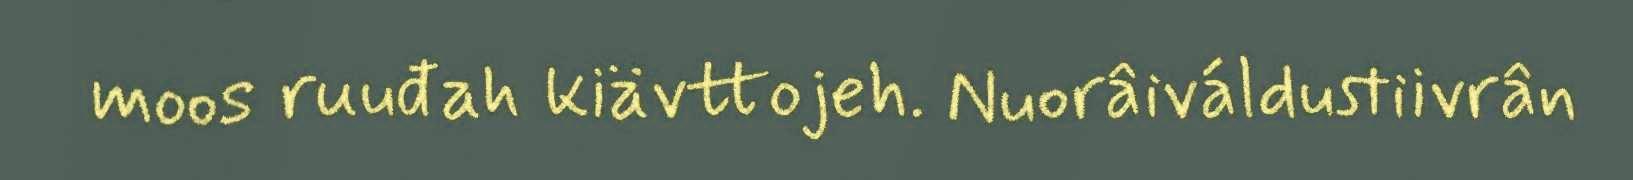
moos ruuđah kiävttojeh. Nuorâiváldustiivrân